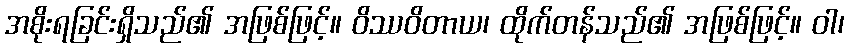
အစိုးရခြင်းရှိသည်၏ အဖြစ်ဖြင့်။ ဝိဿဝိတာယ၊ ထိုက်တန်သည်၏ အဖြစ်ဖြင့်။ ဝါ၊